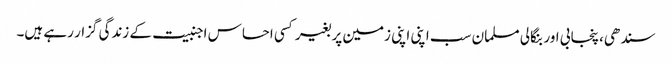
سندھی، پنجابی اور بنگالی مسلمان سب اپنی اپنی زمین پر بغیر کسی احساس اجنبیت کے زندگی گزار رہے ہیں۔